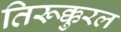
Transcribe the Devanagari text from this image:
तिरूक्कुरल